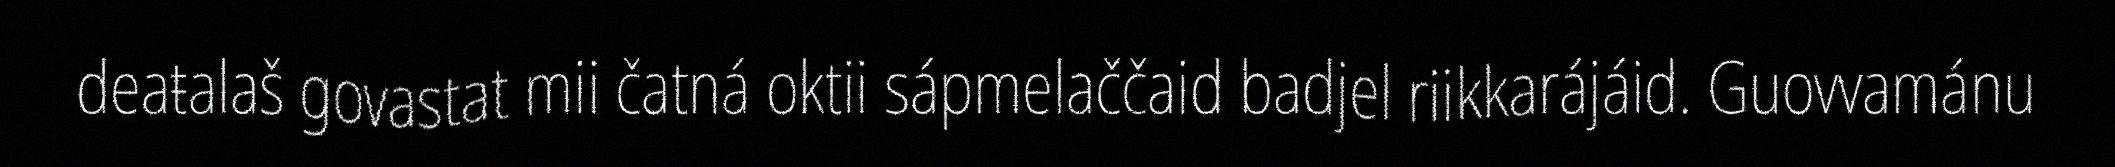
deaŧalaš govastat mii čatná oktii sápmelaččaid badjel riikkarájáid. Guovvamánu